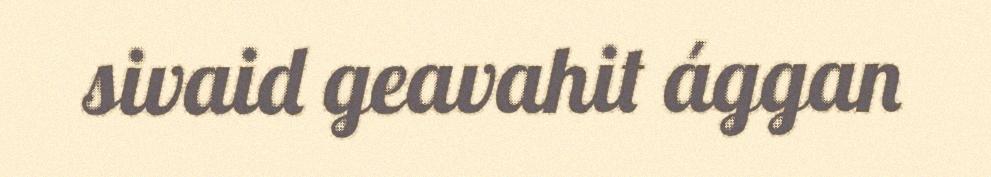
sivaid geavahit ággan